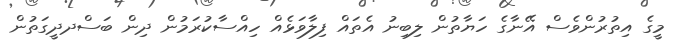
މީގެ އިތުރުންވެސް އޭނާގެ ހަޔާތުން ލިބިނު އެތައް ފިލާވަޅެއް ހިއްސާކުރަމުން ދިން ބަސްދދީގަތުން